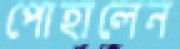
পোহালেন